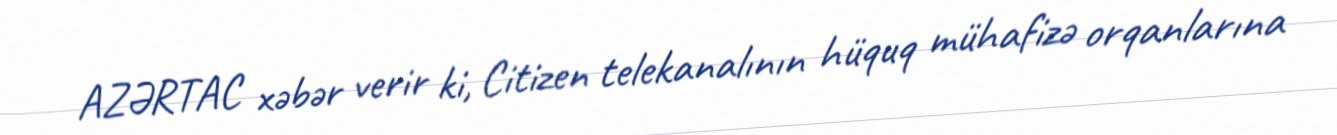
AZƏRTAC xəbər verir ki, Citizen telekanalının hüquq mühafizə orqanlarına